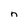
Character: n